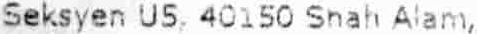
SEKSYEN U5, 40150 SHAH ALAM,